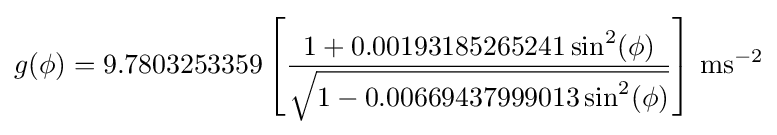
g(\phi )=9.7803253359\left[{\frac {1+0.00193185265241\sin ^{2}(\phi )}{\sqrt {1-0.00669437999013\sin ^{2}(\phi )}}}\right]\,\mathrm {ms} ^{-2}